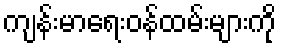
ကျန်းမာရေးဝန်ထမ်းများကို